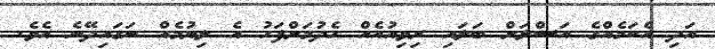
އަދި އެކަމެއްގެ އަސްލަށް ބަލައި ރިވިއުއެއް ހެދުމަށްފަހު އެ ލިޔުމެއް ނަގައިދޭނެ އެވެ.